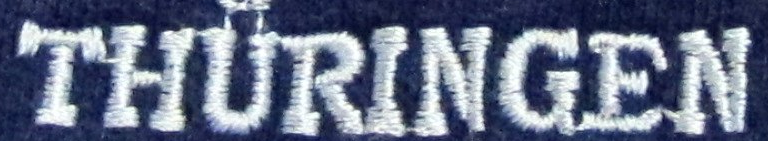
THURINGEN